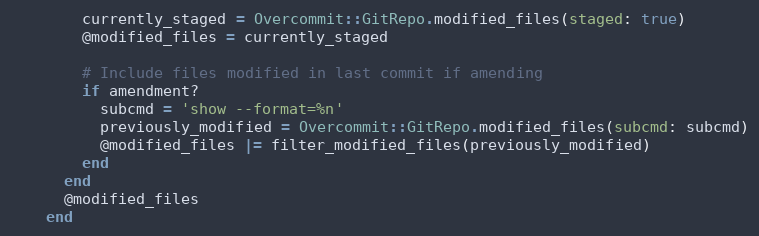
Language: Ruby
        currently_staged = Overcommit::GitRepo.modified_files(staged: true)
        @modified_files = currently_staged

        # Include files modified in last commit if amending
        if amendment?
          subcmd = 'show --format=%n'
          previously_modified = Overcommit::GitRepo.modified_files(subcmd: subcmd)
          @modified_files |= filter_modified_files(previously_modified)
        end
      end
      @modified_files
    end